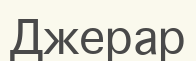
Джерар